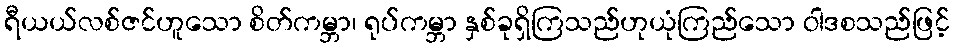
ရီယယ်လစ်ဇင်ဟူသော စိတ်ကမ္ဘာ၊ ရုပ်ကမ္ဘာ နှစ်ခုရှိကြသည်ဟုယုံကြည်သော ဝါဒစသည်ဖြင့်